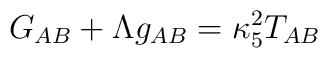
G_{AB} + \Lambda g_{AB} = \kappa_5^2 T_{AB}